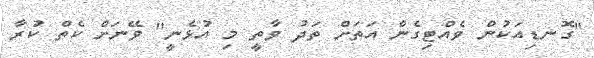
"ގޮނޑިއަކުން ވެއްޓިގެން އަތަށް ތަދު ވާތީ މި އުޅެނީ" ވޭނަށް ކެތް ކުރާ